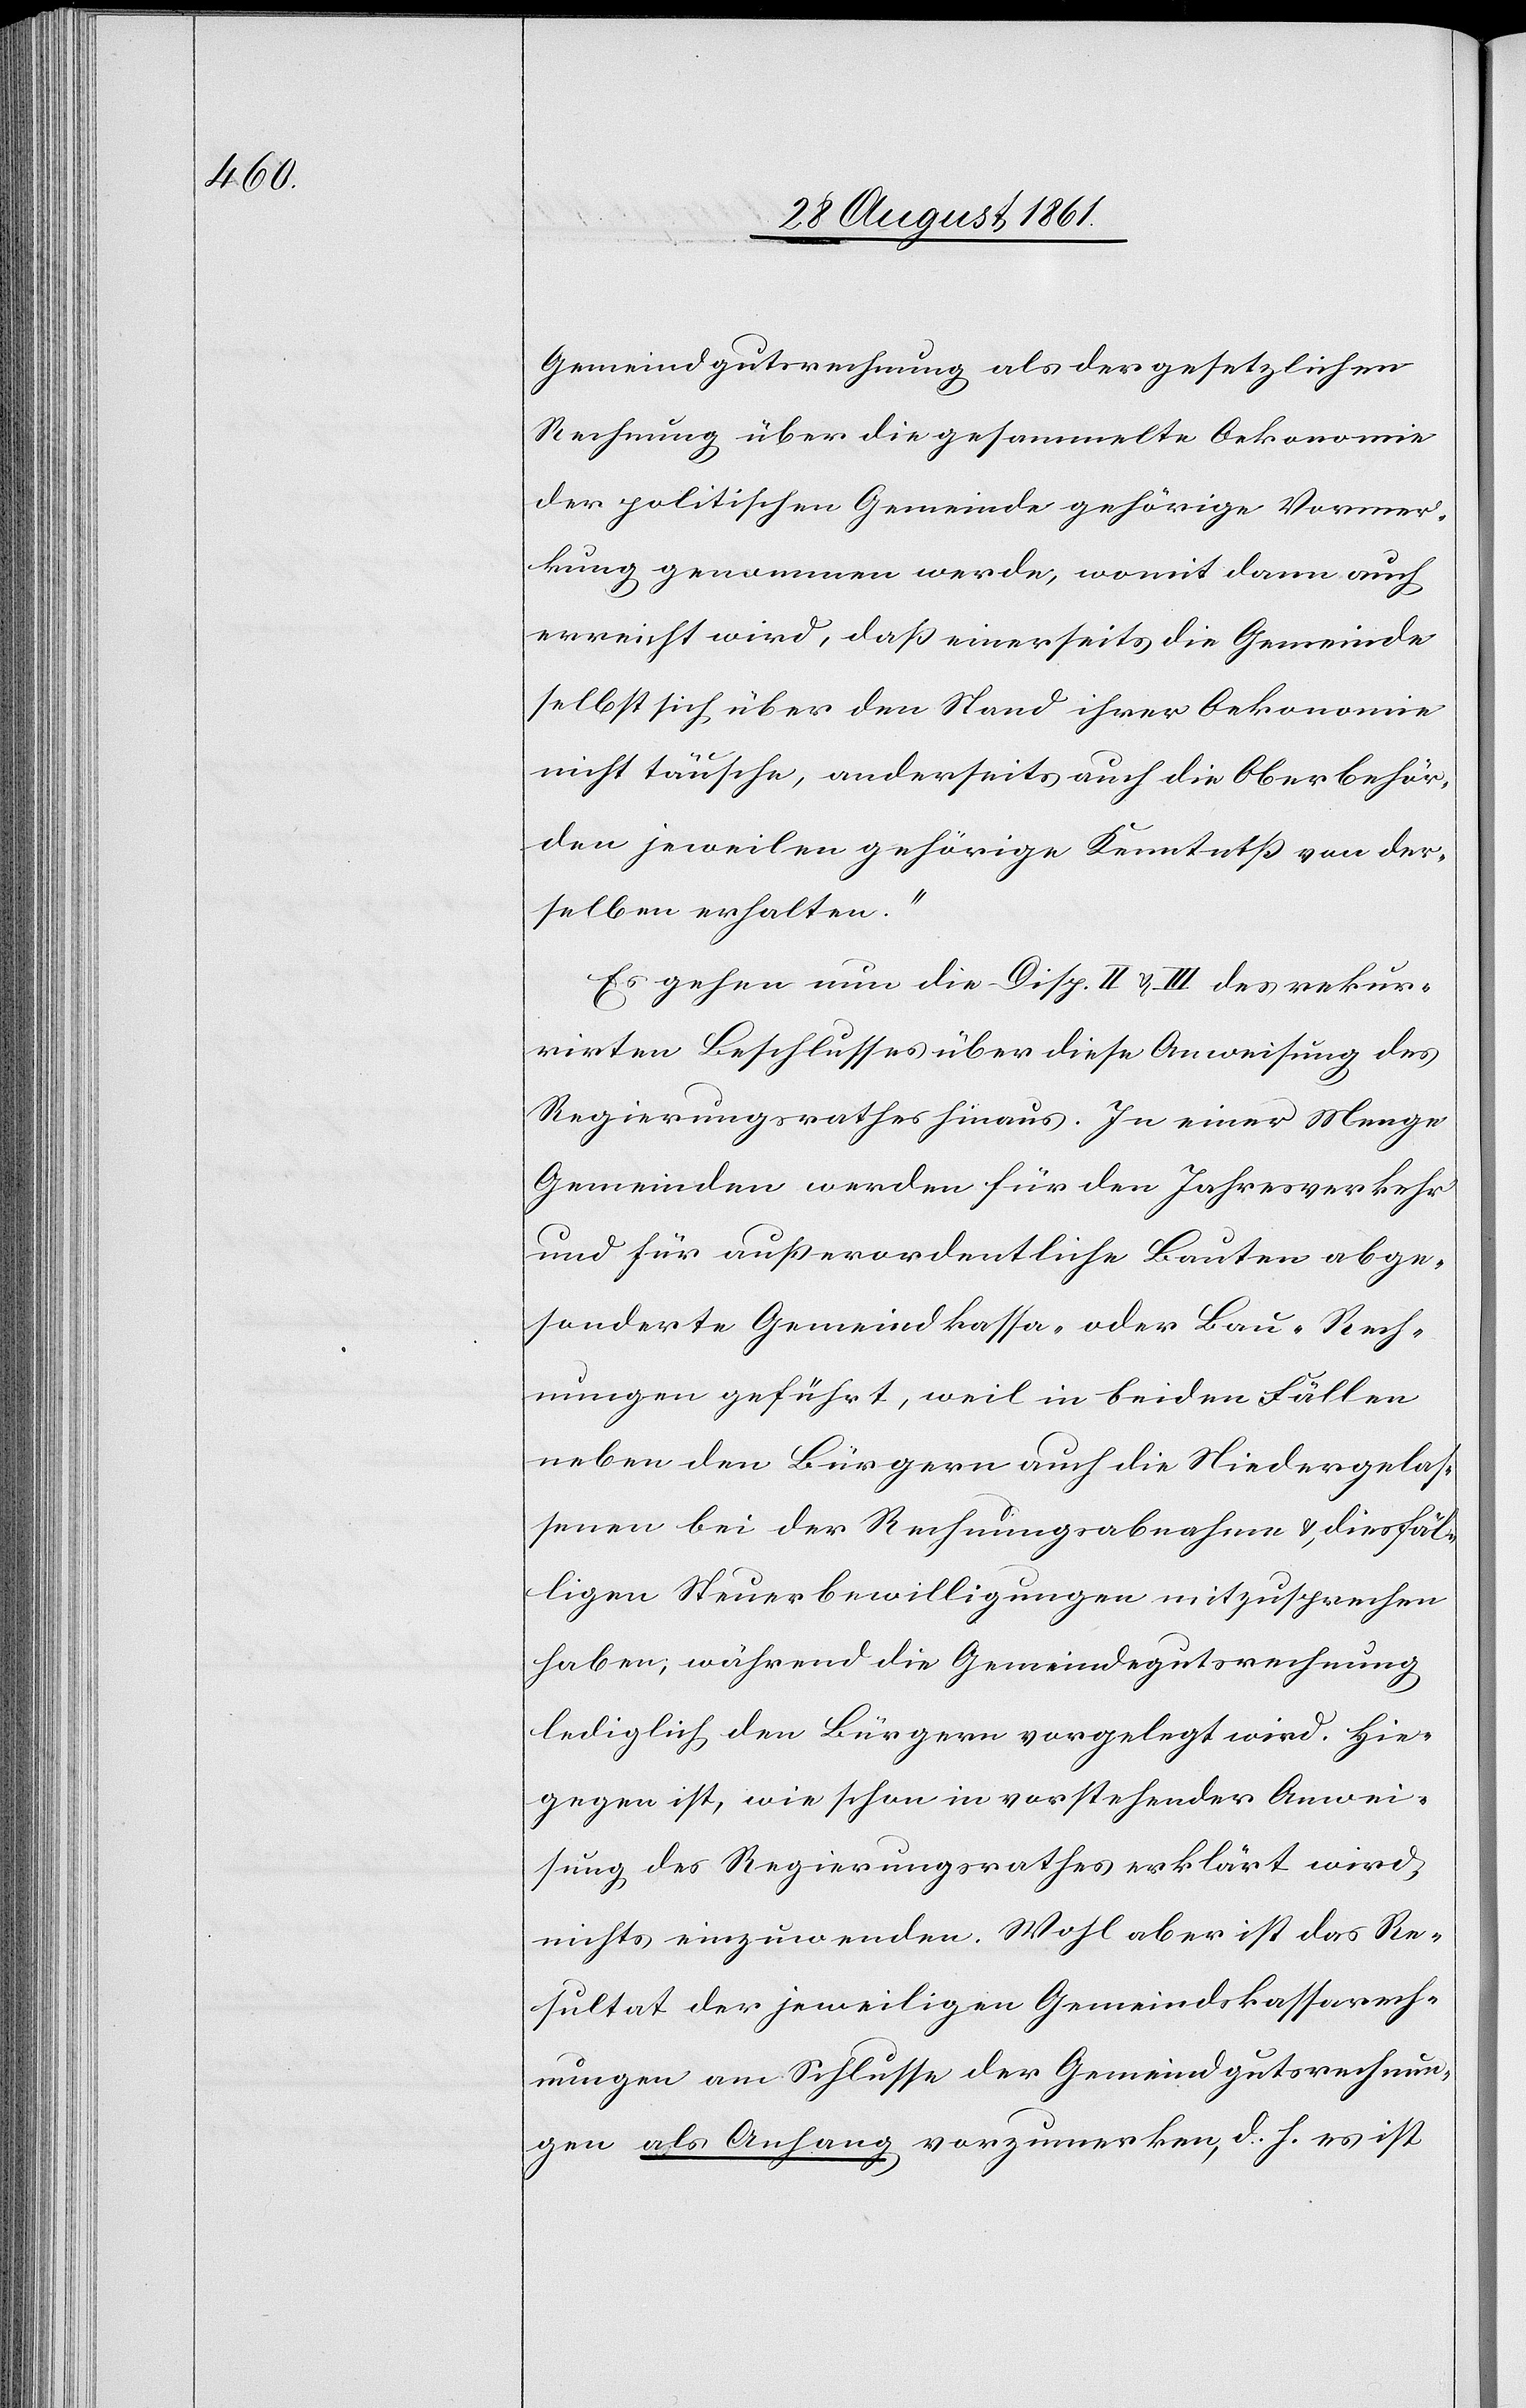
Gemeindgutsrechnung als der gesetzlichen
Rechnung über die gesammelte Oekonomie
der politischen Gemeinde gehörige Vormer¬
kung genommen werde, womit dann auch
erreicht wird, daß einerseits die Gemeinde
selbst sich über den Stand ihrer Oekonomie
nicht täusche, anderseits auch die Oberbehör¬
den jeweilen gehörige Kenntniß von der¬
selben erhalten.“
Es gehen nun die Disp. II u. III des rekur¬
rirten Beschlusses über diese Anweisung des
Regierungsrathes hinaus. In einer Menge
Gemeinden werden für den Jahresverkehr
und für außerordentliche Bauten abge¬
sonderte Gemeindkassa- oder Bau-Rech¬
nungen geführt, weil in beiden Fällen
neben den Bürgern auch die Niedergelas¬
senen bei der Rechnungsabnahme, u. diesfäl¬
ligen Steuerbewilligungen mitzusprechen
haben, während die Gemeindgutsrechnung
lediglich den Bürgern vorgelegt wird. Hie¬
gegen ist, wie schon in vorstehender Anwei¬
sung des Regierungsrathes erklärt wird,
nichts einzuwenden. Wohl aber ist das Re¬
sultat der jeweiligen Gemeindskassarech¬
nungen am Schlusse der Gemeindgutsrechnun¬
gen als Anhang vorzumerken, d. h. es ist